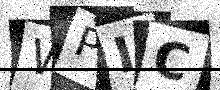
Text: WPIC